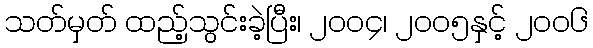
သတ်မှတ် ထည့်သွင်းခဲ့ပြီး၊ ၂၀၀၄၊ ၂၀၀၅နှင့် ၂၀၀၆